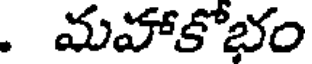
. మహాకోభం